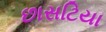
છાસટિયા